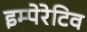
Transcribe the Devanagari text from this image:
इम्पेरेटिव